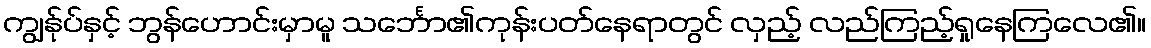
ကျွန်ုပ်နှင့် ဘွန်ဟောင်းမှာမူ သင်္ဘော၏ကုန်းပတ်နေရာတွင် လှည့် လည်ကြည့်ရှုနေကြလေ၏။